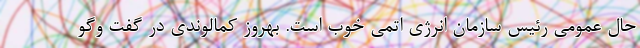
حال عمومی رئیس سازمان انرژی اتمی خوب است. بهروز کمالوندی در گفت وگو